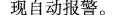
自动报警。